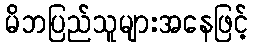
မိဘပြည်သူများအနေဖြင့်